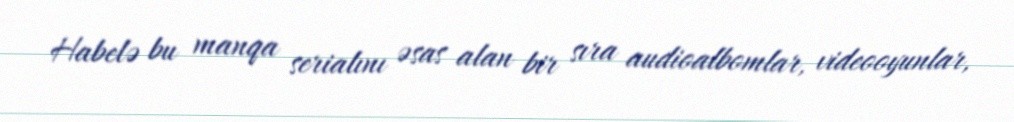
Habelə bu manqa serialını əsas alan bir sıra audioalbomlar, videooyunlar,